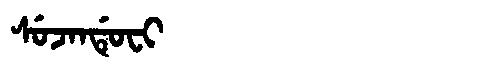
Manchu: ᠰᡠᠵᠠᠨᡩᡠᠸᡳ
Romanization: SUJANDUFI